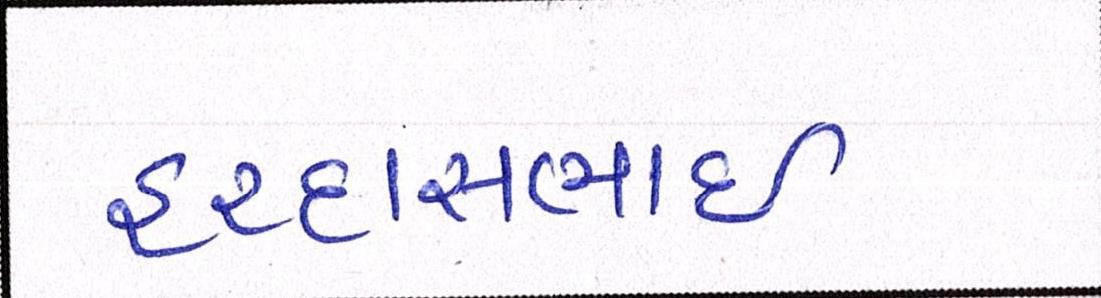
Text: હરદાસભાઇ